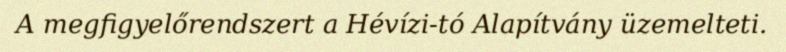
A megfigyelőrendszert a Hévízi-tó Alapítvány üzemelteti.